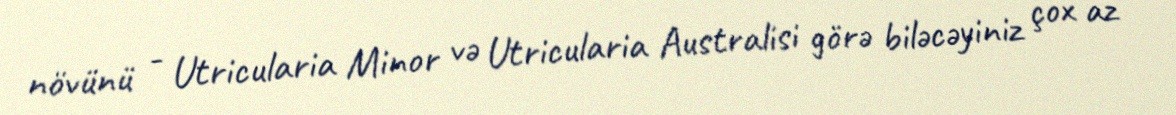
növünü - Utricularia Minor və Utricularia Australisi görə biləcəyiniz çox az